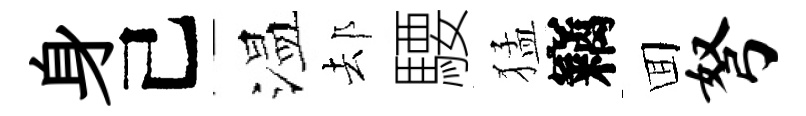
身己温𨚫騕猛竊囬弩